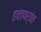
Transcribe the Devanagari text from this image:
हातापर्यंत